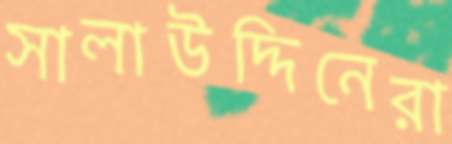
সালাউদ্দিনেরা